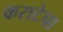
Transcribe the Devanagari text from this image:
कराटेचा